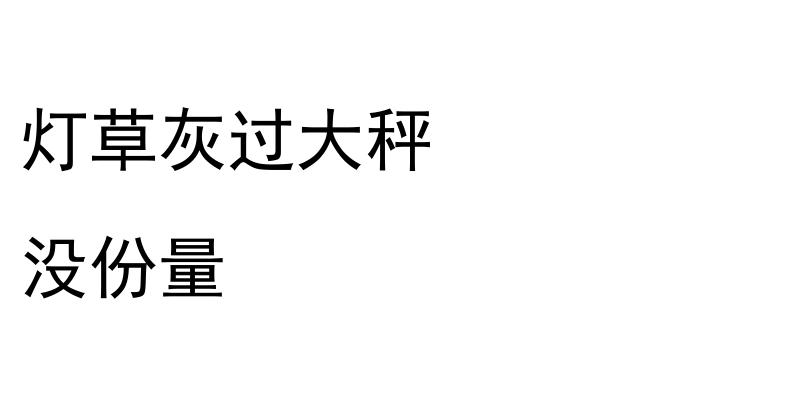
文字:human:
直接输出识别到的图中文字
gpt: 灯草灰过大秤 没份量